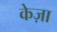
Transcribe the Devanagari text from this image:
केज़ा